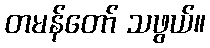
တမန်တော် သဖွယ်။